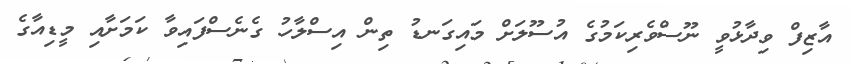
އާޒިފް ވިދާޅުވީ ނޫސްވެރިކަމުގެ އުސޫލަށް މައިގަނޑު ތިން އިސްލާހު ގެނެސްފައިވާ ކަމަށާއި މީޑިއާގެ